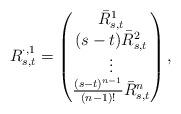
LaTeX: \begin{align*}R_{s,t}^{\cdot,1} = \begin{pmatrix}\bar R^{1}_{s,t}\\(s-t)\bar R^2_{s,t}\\\vdots\\\frac{(s-t)^{n-1}}{(n-1)!} \bar R_{s,t}^n\end{pmatrix},\end{align*}